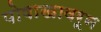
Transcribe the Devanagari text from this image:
पोषाखावरून